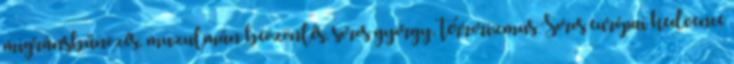
migránsbűnözés, muzulmán beözönlés, soros györgy, terrorizmus Soros európai kedvence